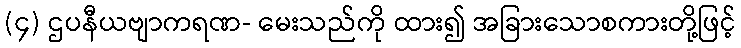
(၄) ဌပနီယဗျာကရဏ- မေးသည်ကို ထား၍ အခြားသောစကားတို့ဖြင့်